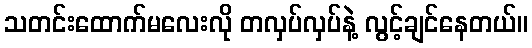
သတင်းထောက်မလေးလို တလှပ်လှပ်နဲ့ လွင့်ချင်နေတယ်။